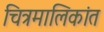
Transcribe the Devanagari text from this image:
चित्रमालिकांत